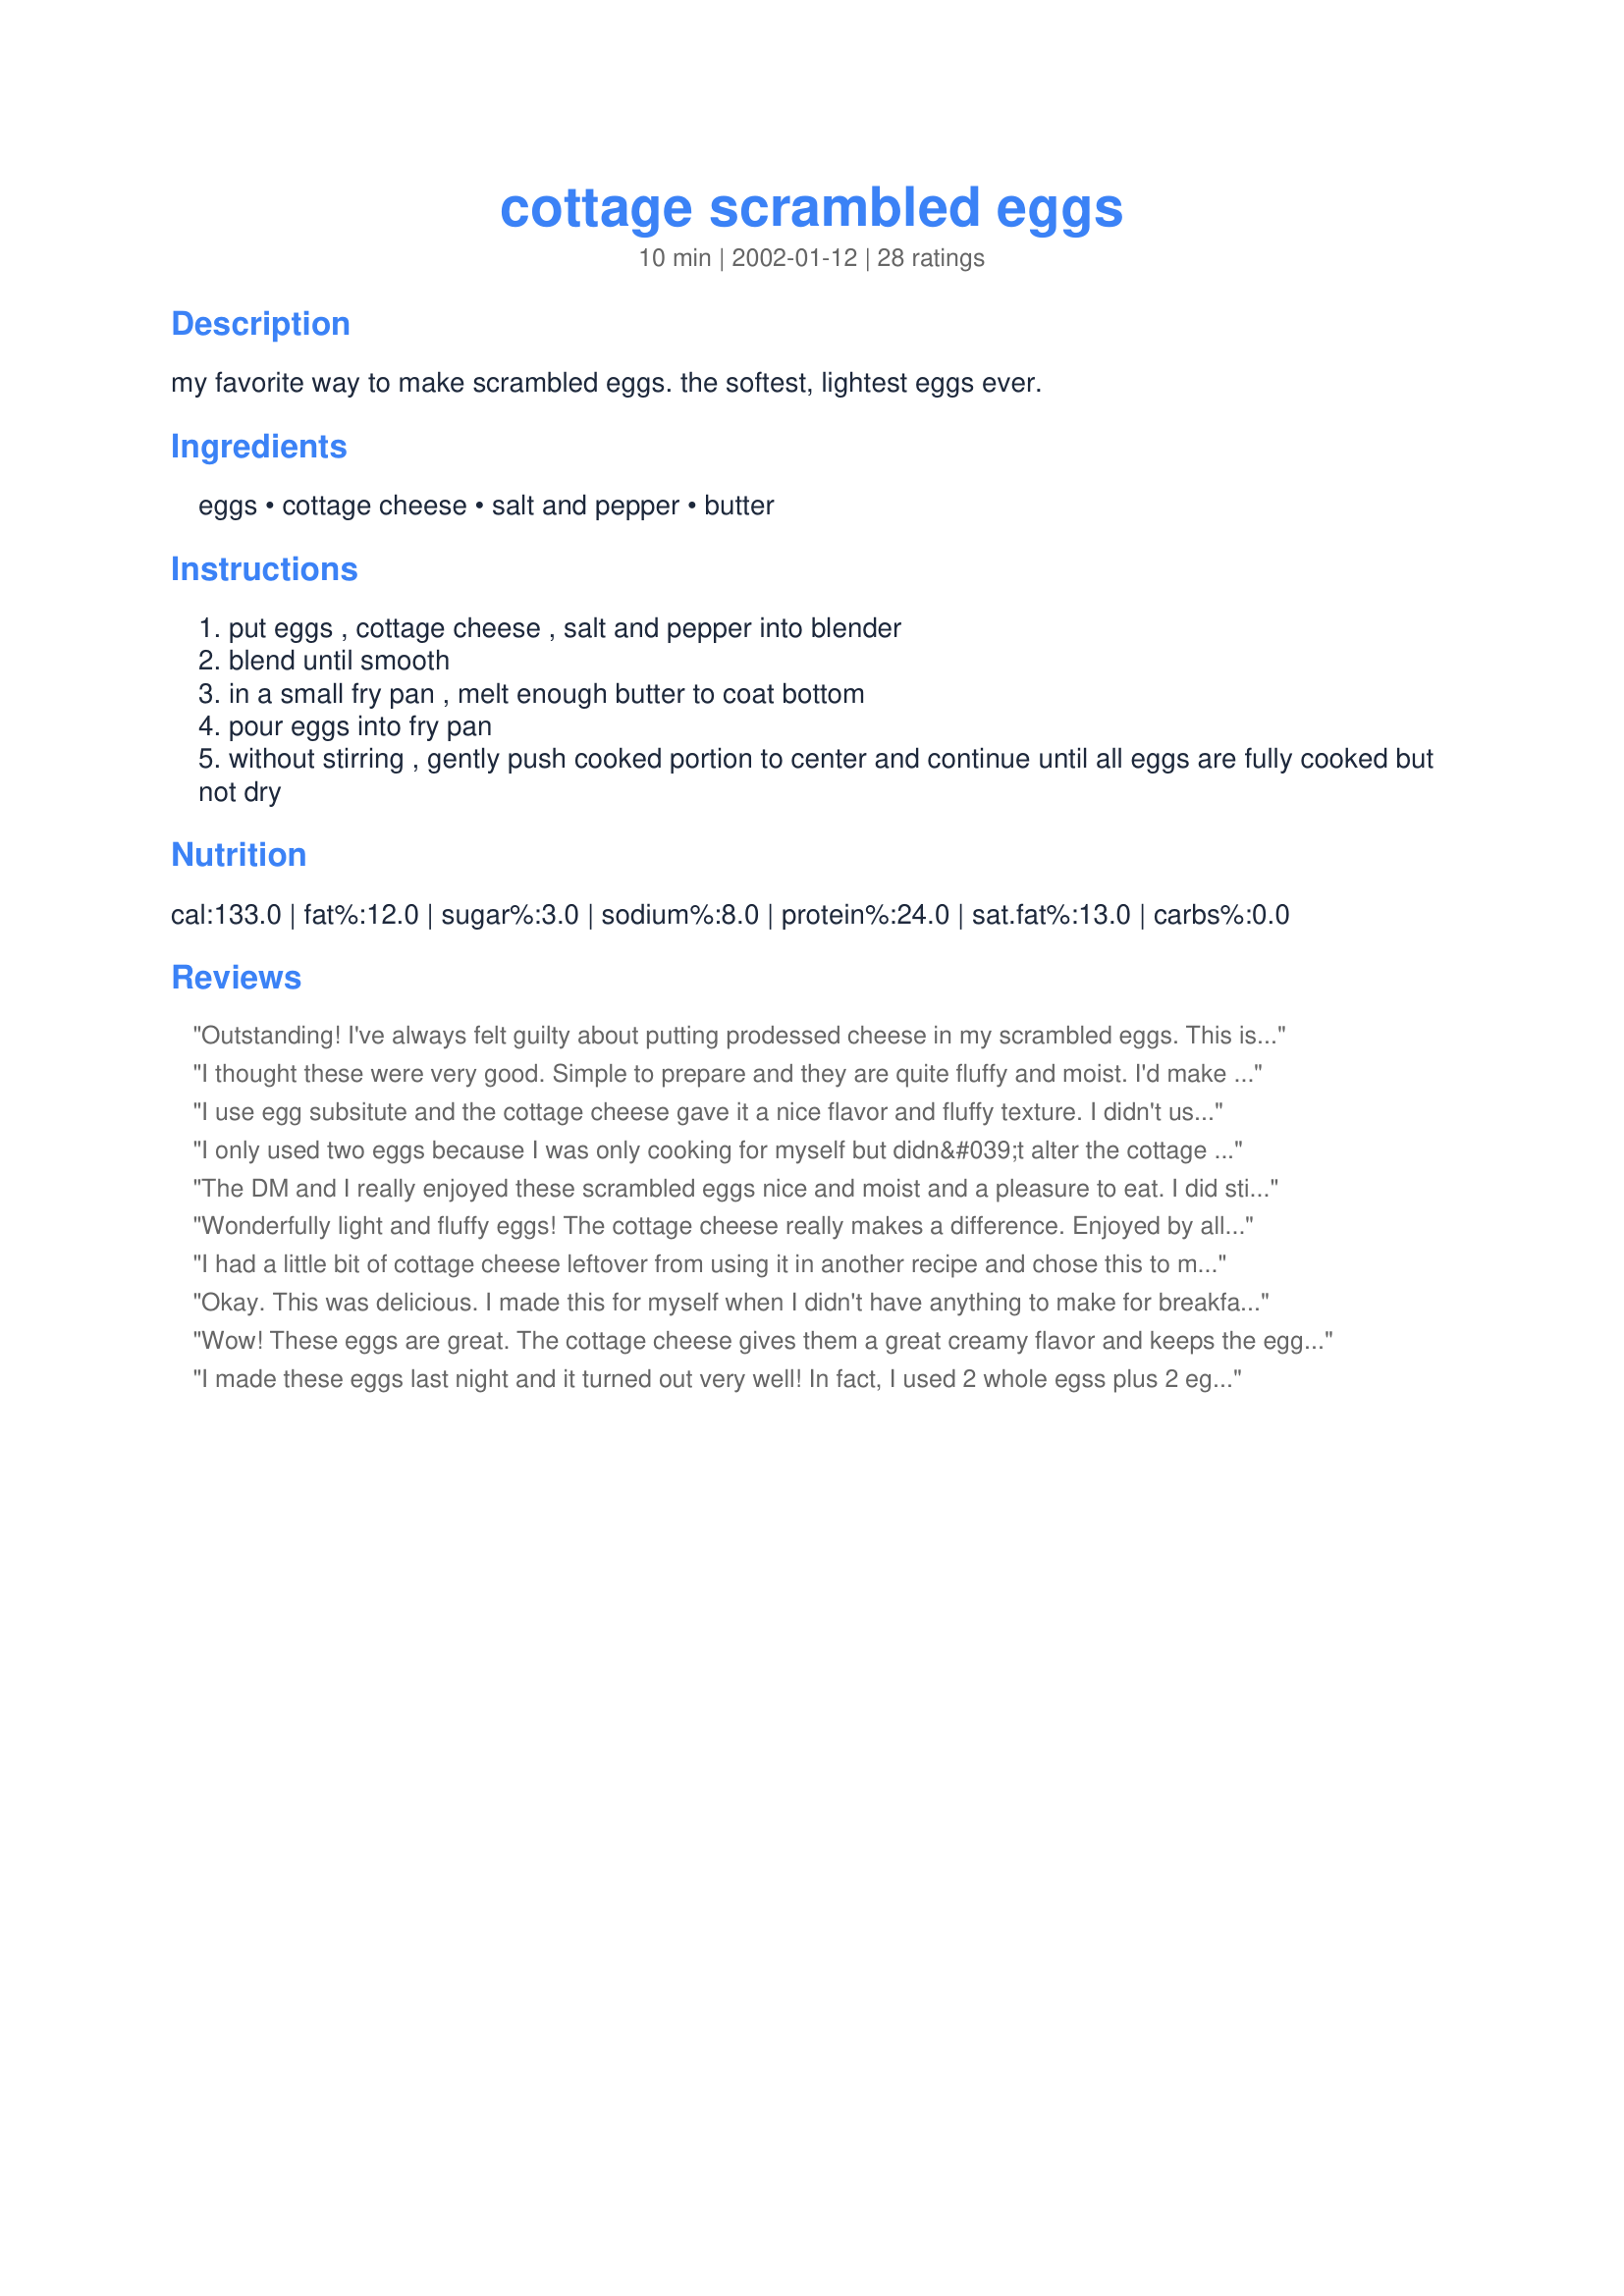
cottage scrambled eggs
Preparation time: 10 minutes

my favorite way to make scrambled eggs. the softest, lightest eggs ever.

Ingredients:
eggs, cottage cheese, salt and pepper, butter

Steps:
put eggs , cottage cheese , salt and pepper into blender
blend until smooth
in a small fry pan , melt enough butter to coat bottom
pour eggs into fry pan
without stirring , gently push cooked portion to center and continue until all eggs are fully cooked but not dry

Reviews:
Outstanding! I've always felt guilty about putting prodessed cheese in my scrambled eggs. This is by far the best. Not to mention they're great with hash browns, sausage and biscuits.
I thought these were very good. Simple to prepare and they are quite fluffy and moist. I'd make them again for myself -but not everyone in my family cared for them as well as I did (hence the four stars).
I use egg subsitute and the cottage cheese gave it a nice flavor and fluffy texture. I didn't use a blender, I mashed up the cottage cheese and it still turned out well. I will make it again and add some veggies next time.
I only used two eggs because I was only cooking for myself but didn&#039;t alter the cottage cheese because I love cheese. I also added green onions, mushrooms, and spices to taste. However the taste and texture of the original recipe are amazing. It&#039;s very smooth and savoury. I&#039;ll definitely be making this again.
The DM and I really enjoyed these scrambled eggs nice and moist and a pleasure to eat. I did stir in some extra cottage cheese when I scrambled the eggs. Thank you Sharlene-W, made for Down on the Farm.
Wonderfully light and fluffy eggs! The cottage cheese really makes a difference. Enjoyed by all and will be made again. Thanx for sharing.
I had a little bit of cottage cheese leftover from using it in another recipe and chose this to make for breakfast. I normally add a bit of cheddar cheese and green onion to my normal scrambled eggs, so, did so with these but with the added cottage cheese for a wonderful breakfast!!! Served it with a biscuit and orange slices. Thanks for sharing the recipe. Made for "I Recommend Tag Game"
Okay. This was delicious. I made this for myself when I didn't have anything to make for breakfast. I added green onion and garlic to it and served it with whole wheat toast. I will definitely be making this again and again. Thanks for sharing.
Wow! These eggs are great. The cottage cheese gives them a great creamy flavor and keeps the eggs light and moist. Thanks for the great recipe! This will be a favorite breakfast around here.
I made these eggs last night and it turned out very well! In fact, I used 2 whole egss plus 2 egg whites. After cooking them, I stored them in a container in the refrigerator and heated them up this morning at work!! Very good!
My favorite way to make scrambles eggs.
I didn&#039;t tell anyone that the eggs had cottage cheese in them. While DH and I liked them, no one else was impressed.
I whipped this up with my stick blender and they turned out light and fluffy. Great with a bagel thin for breakfast. I love these easy and simple recipes! Thanks for sharing Sharlene. Made for Zaar Cookbook Tag.
Great way to get plenty of protein! I made a single serving for myself...just 1 egg and 2 tbsp fat free cottage cheese with salt and pepper. I paired it with w whole wheat english muffin...a very filling and healthy breakfast!
Excellent recipe for scrambled eggs - I added some chopped chives served with Lox, toasted bagels, mushrooms and fresh tomatoes. Thanks Sharlene for an easy good recipe

Added comments- I whipped the cottage cheese before adding it to the eggs so it totally blends in with the egg
Very good recipe
This was such an unexpected surprise! I added a tsp of penzys herbs de province, a tbs of sun dried tomato feta cheese (curds were same size as cottage cheese), green onions 3, and a half cup of shredded chedar cheese- i used 7 eggs and 1/2c cottage cheese, and crumbled 1/8c of bacon into the mix
EVERYONE LOVED IT! thanks so much for the great recipe
Excellent Eggs! You can be sure I will cook these again. I love how fluffy they turned out and how easy they were to prepare. Thanks for a great recipe.
Good Eggs-- I will make them this way if I have cottage cheese in the fridge. I don't tell anyone, though, so they still eat it. You can't really tell the difference, because the cottage cheese looks like egg whites. I like the extra protein that the kids get.
Due to health reasons, we cut the eggs down to 2 and used ricotta cheese instead. So I can't give you five stars. But it was so creamy, now my favorite way to have eggs.
Enjoyed them! Light and fluffy. You can&#039;t see chunks of cottage cheese since it&#039;s put through the blender, but the taste was evident to me. My family ate and enjoyed them and were none the wiser. I have some extra cottage cheese and will make this recipe again this week. Thanks for sharing!
I made this last Thanksgiving for brunch and it was back again this Thanksgiving by popular demand! So easy for a crowd and everyone loves it. This year I used 1/2 cottage cheese and 1/2 ricotta cheese. My husband says not to wait for a holiday to make it again!
This is a great way to make scrambled eggs! I only gave it four stars because one person didn't like the cheesy flavor (i thought it was great!) I will definitely make these eggs again.
Very simple and easy recipe to do. (But aren't most simple recipes usually the best!!) I just fried up some onions and garlic then fried the egg mixture and served over toast. Quick and easy!!
Yum! These were very good eggs. They were light and fluffy. The cottage cheese changed the flavor of the eggs slightly, but they were still delicious!
Nice to see this recipe posted. I love adding cottage cheese to my scrambled eggs. I learned this in Home Economics in high school and my whole family now makes scrambled eggs this way. I&#039;ve never put them in the blender, just wisked the cottage cheese in with a fork. They turn out light and creamy with just the right amount of salt. Plus you get the extra protein and calcium. Love em&#039;!
Hello Sharlene, these were made for me for dinner and they were wonderful!We whisked the cottage cheese first and then continued with Step #1. Also, added chives for flavor and esthetics - it was great! I had them with toasted English Muffins and Raspberry Preserves(no sugar). It made for a lovely dinner! Thank you for posting, Diane :=)
Good. Didn&#039;t want to have to wash the blender so just whisked. Added some chives and cheddar on top..
Made this for myself for a quick dinner. I served with some blackened shrimp and what a great combo. Thanks for posting, Sharlene!


Roxygirl
